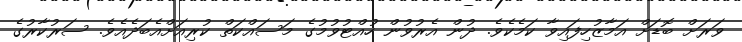
ވަރަށް ބޮޑަށް އަމާޒުހިފައިވާ ކަމެކެވެ. ދުން އެރުވުން ހުއްޓުވުމުގެ މަސައްކަތް ކުރިއަށްއެބަދެއެވެ. ސަރުކާރުގެ